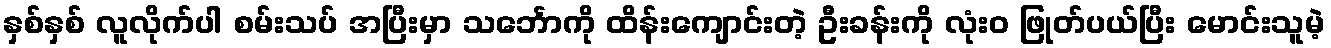
နှစ်နှစ် လူလိုက်ပါ စမ်းသပ် အပြီးမှာ သင်္ဘောကို ထိန်းကျောင်းတဲ့ ဦးခန်းကို လုံးဝ ဖြုတ်ပယ်ပြီး မောင်းသူမဲ့